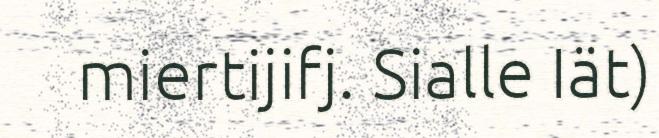
miertijifj. Sialle Iät)